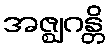
အဇ္ဈဂန္တိ